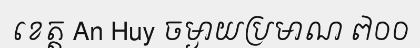
ខេត្ត An Huy ចម្ងាយប្រមាណ ៧០០